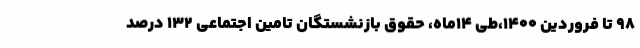
۹۸ تا فروردین ۱۴۰۰،طی ۱۴ماه، حقوق بازنشستگان تامین اجتماعی ۱۳۲ درصد